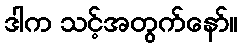
ဒါက သင့်အတွက်နော်။